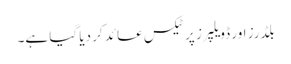
بلڈرز اور ڈویلپرز پر ٹیکس عائد کر دیا گیا ہے۔